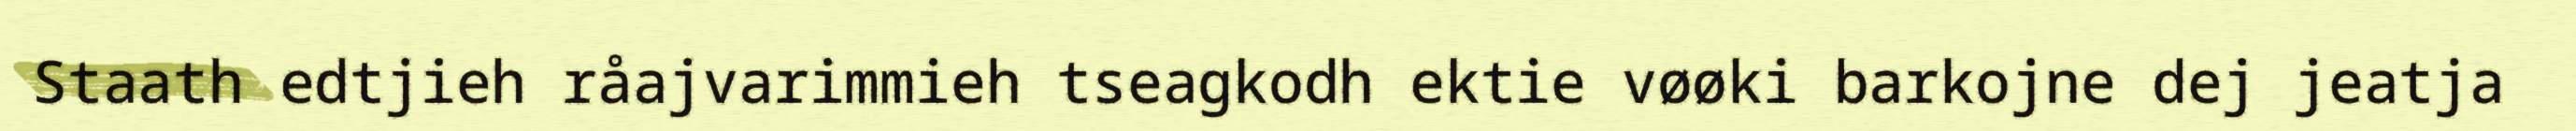
Staath edtjieh råajvarimmieh tseagkodh ektie vøøki barkojne dej jeatja